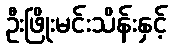
ဦးဖြိုးမင်းသိန်းနှင့်